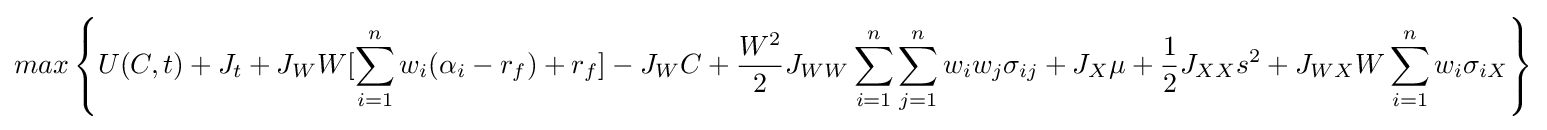
max\left\{U(C,t)+J_{t}+J_{W}W[\sum _{i=1}^{n}w_{i}(\alpha _{i}-r_{f})+r_{f}]-J_{W}C+{\frac {W^{2}}{2}}J_{WW}\sum _{i=1}^{n}\sum _{j=1}^{n}w_{i}w_{j}\sigma _{ij}+J_{X}\mu +{\frac {1}{2}}J_{XX}s^{2}+J_{WX}W\sum _{i=1}^{n}w_{i}\sigma _{iX}\right\}